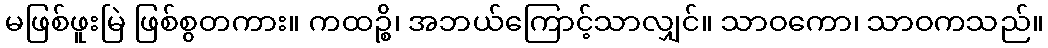
မဖြစ်ဖူးမြဲ ဖြစ်စွတကား။ ကထဉ္စိ၊ အဘယ်ကြောင့်သာလျှင်။ သာဝကော၊ သာဝကသည်။